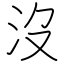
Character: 沒